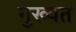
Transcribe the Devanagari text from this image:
गुख्यत